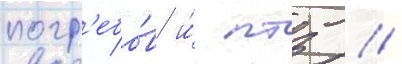
погр'ебо́в и́ птз //